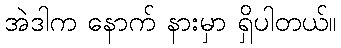
အဲဒါက နောက် နားမှာ ရှိပါတယ်။